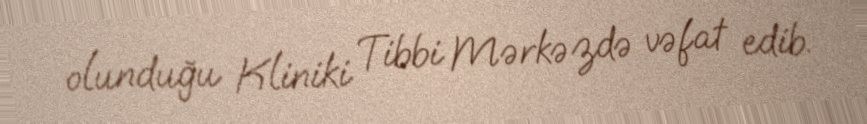
olunduğu Kliniki Tibbi Mərkəzdə vəfat edib.